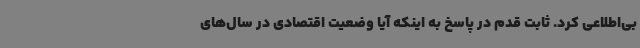
بی‌اطلاعی کرد. ثابت قدم در پاسخ به اینکه آیا وضعیت اقتصادی در سال‌های